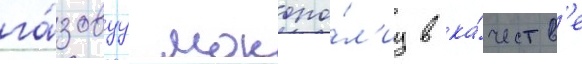
га́зовуу монопо́л'иу в ка́честв'е